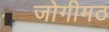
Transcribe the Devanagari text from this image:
जोगीमठ